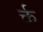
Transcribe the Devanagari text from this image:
र्क्त